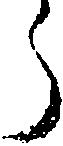
う